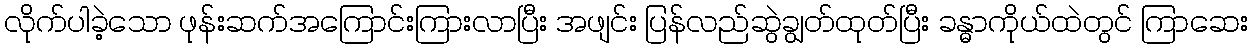
လိုက်ပါခဲ့သော ဖုန်းဆက်အကြောင်းကြားလာပြီး အဖျင်း ပြန်လည်ဆွဲချွတ်ထုတ်ပြီး ခန္ဓာကိုယ်ထဲတွင် ကြာဆေး